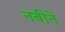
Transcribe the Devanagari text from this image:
नबीने